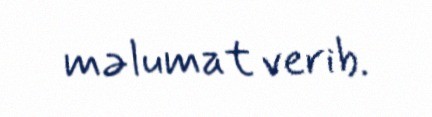
məlumat verib.